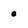
Character: 0